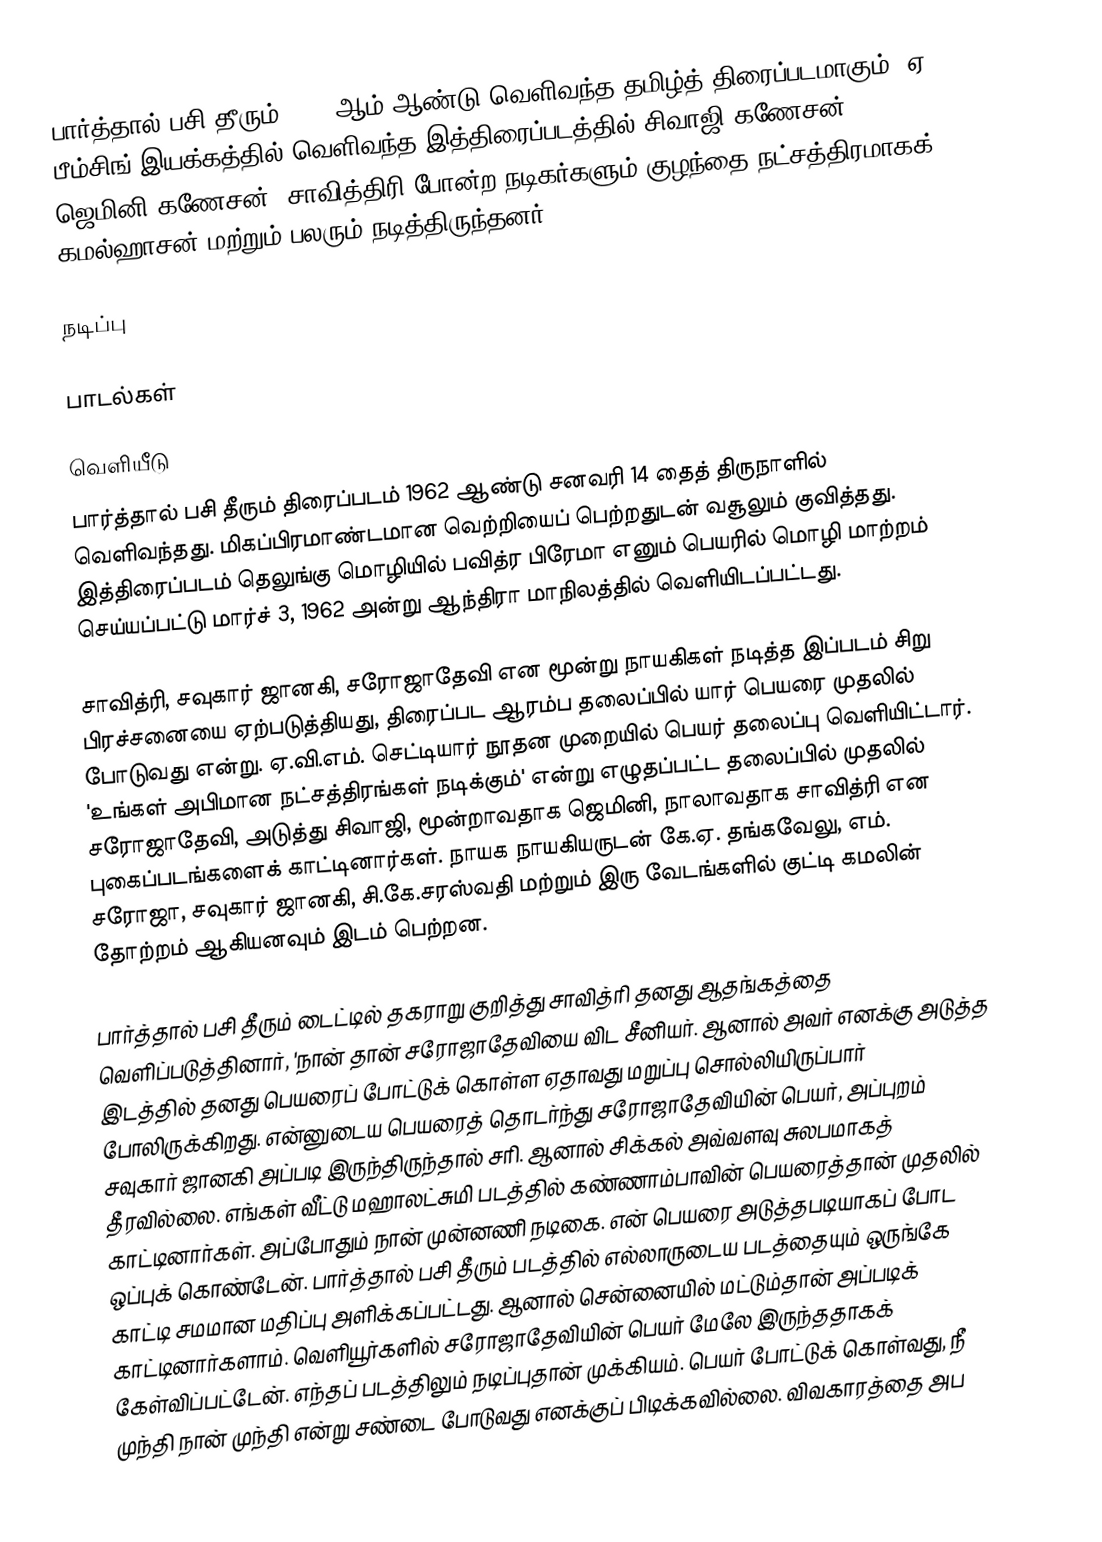
பார்த்தால் பசி தீரும் 1962 ஆம் ஆண்டு வெளிவந்த தமிழ்த் திரைப்படமாகும். ஏ. பீம்சிங் இயக்கத்தில் வெளிவந்த இத்திரைப்படத்தில் சிவாஜி கணேசன், ஜெமினி கணேசன், சாவித்திரி போன்ற நடிகர்களும் குழந்தை நட்சத்திரமாகக் கமல்ஹாசன் மற்றும் பலரும் நடித்திருந்தனர்.

நடிப்பு

பாடல்கள்

வெளியீடு
பார்த்தால் பசி தீரும் திரைப்படம் 1962 ஆண்டு சனவரி 14 தைத் திருநாளில் வெளிவந்தது. மிகப்பிரமாண்டமான வெற்றியைப் பெற்றதுடன் வசூலும் குவித்தது. இத்திரைப்படம் தெலுங்கு மொழியில் பவித்ர பிரேமா எனும் பெயரில் மொழி மாற்றம் செய்யப்பட்டு மார்ச் 3, 1962 அன்று ஆந்திரா மாநிலத்தில் வெளியிடப்பட்டது.

சாவித்ரி, சவுகார் ஜானகி, சரோஜாதேவி என மூன்று நாயகிகள் நடித்த இப்படம் சிறு பிரச்சனையை ஏற்படுத்தியது, திரைப்பட ஆரம்ப தலைப்பில் யார் பெயரை முதலில் போடுவது என்று. ஏ.வி.எம். செட்டியார் நூதன முறையில் பெயர் தலைப்பு வெளியிட்டார். 'உங்கள் அபிமான நட்சத்திரங்கள் நடிக்கும்' என்று எழுதப்பட்ட தலைப்பில் முதலில் சரோஜாதேவி, அடுத்து சிவாஜி, மூன்றாவதாக ஜெமினி, நாலாவதாக சாவித்ரி என புகைப்படங்களைக் காட்டினார்கள். நாயக நாயகியருடன் கே.ஏ. தங்கவேலு, எம். சரோஜா, சவுகார் ஜானகி, சி.கே.சரஸ்வதி மற்றும் இரு வேடங்களில் குட்டி கமலின் தோற்றம் ஆகியனவும் இடம் பெற்றன.

பார்த்தால் பசி தீரும் டைட்டில் தகராறு குறித்து சாவித்ரி தனது ஆதங்கத்தை வெளிப்படுத்தினார், 'நான் தான் சரோஜாதேவியை விட சீனியர். ஆனால் அவர் எனக்கு அடுத்த இடத்தில் தனது பெயரைப் போட்டுக் கொள்ள ஏதாவது மறுப்பு சொல்லியிருப்பார் போலிருக்கிறது. என்னுடைய பெயரைத் தொடர்ந்து சரோஜாதேவியின் பெயர், அப்புறம் சவுகார் ஜானகி அப்படி இருந்திருந்தால் சரி. ஆனால் சிக்கல் அவ்வளவு சுலபமாகத் தீரவில்லை. எங்கள் வீட்டு மஹாலட்சுமி படத்தில் கண்ணாம்பாவின் பெயரைத்தான் முதலில் காட்டினார்கள். அப்போதும் நான் முன்னணி நடிகை. என் பெயரை அடுத்தபடியாகப் போட ஒப்புக் கொண்டேன். பார்த்தால் பசி தீரும் படத்தில் எல்லாருடைய படத்தையும் ஒருங்கே காட்டி சமமான மதிப்பு அளிக்கப்பட்டது. ஆனால் சென்னையில் மட்டும்தான் அப்படிக் காட்டினார்களாம். வெளியூர்களில் சரோஜாதேவியின் பெயர் மேலே இருந்ததாகக் கேள்விப்பட்டேன். எந்தப் படத்திலும் நடிப்புதான் முக்கியம். பெயர் போட்டுக் கொள்வது, நீ முந்தி நான் முந்தி என்று சண்டை போடுவது எனக்குப் பிடிக்கவில்லை. விவகாரத்தை அப